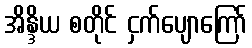
အိန္ဒိယ စတိုင် ငှက်ပျောကြော်